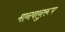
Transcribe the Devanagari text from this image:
मानवानुरूप